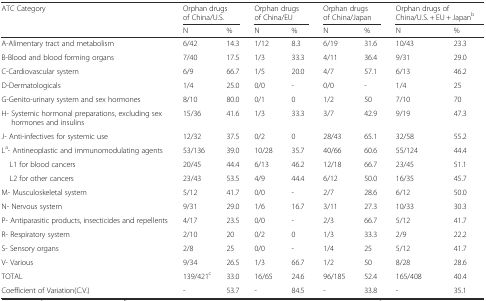
<table><thead><tr><td rowspan="2"><b>ATC Category</b></td><td colspan="2"><b>Orphan drugs of China/U.S.</b></td><td colspan="2"><b>Orphan drugs of China/EU</b></td><td colspan="2"><b>Orphan drugs of China/Japan</b></td><td colspan="2"><b>Orphan drugs of China/U.S. + EU + Japan<sup>b</sup></b></td></tr><tr><td><b>N</b></td><td><b>%</b></td><td><b>N</b></td><td><b>%</b></td><td><b>N</b></td><td><b>%</b></td><td><b>N</b></td><td><b>%</b></td></tr></thead><tbody><tr><td>A-Alimentary tract and metabolism</td><td>6/42</td><td>14.3</td><td>1/12</td><td>8.3</td><td>6/19</td><td>31.6</td><td>10/43</td><td>23.3</td></tr><tr><td>B-Blood and blood forming organs</td><td>7/40</td><td>17.5</td><td>1/3</td><td>33.3</td><td>4/11</td><td>36.4</td><td>9/31</td><td>29.0</td></tr><tr><td>C-Cardiovascular system</td><td>6/9</td><td>66.7</td><td>1/5</td><td>20.0</td><td>4/7</td><td>57.1</td><td>6/13</td><td>46.2</td></tr><tr><td>D-Dermatologicals</td><td>1/4</td><td>25.0</td><td>0/0</td><td>-</td><td>0/0</td><td>-</td><td>1/4</td><td>25</td></tr><tr><td>G-Genito-urinary system and sex hormones</td><td>8/10</td><td>80.0</td><td>0/1</td><td>0</td><td>1/2</td><td>50</td><td>7/10</td><td>70</td></tr><tr><td>H- Systemic hormonal preparations, excluding sex hormones and insulins</td><td>15/36</td><td>41.6</td><td>1/3</td><td>33.3</td><td>3/7</td><td>42.9</td><td>9/19</td><td>47.3</td></tr><tr><td>J- Anti-infectives for systemic use</td><td>12/32</td><td>37.5</td><td>0/2</td><td>0</td><td>28/43</td><td>65.1</td><td>32/58</td><td>55.2</td></tr><tr><td>L<sup>a</sup>- Antineoplastic and immunomodulating agents</td><td>53/136</td><td>39.0</td><td>10/28</td><td>35.7</td><td>40/66</td><td>60.6</td><td>55/124</td><td>44.4</td></tr><tr><td> L1 for blood cancers</td><td>20/45</td><td>44.4</td><td>6/13</td><td>46.2</td><td>12/18</td><td>66.7</td><td>23/45</td><td>51.1</td></tr><tr><td> L2 for other cancers</td><td>23/43</td><td>53.5</td><td>4/9</td><td>44.4</td><td>6/12</td><td>50.0</td><td>16/35</td><td>45.7</td></tr><tr><td>M- Musculoskeletal system</td><td>5/12</td><td>41.7</td><td>0/0</td><td>-</td><td>2/7</td><td>28.6</td><td>6/12</td><td>50.0</td></tr><tr><td>N- Nervous system</td><td>9/31</td><td>29.0</td><td>1/6</td><td>16.7</td><td>3/11</td><td>27.3</td><td>10/33</td><td>30.3</td></tr><tr><td>P- Antiparasitic products, insecticides and repellents</td><td>4/17</td><td>23.5</td><td>0/0</td><td>-</td><td>2/3</td><td>66.7</td><td>5/12</td><td>41.7</td></tr><tr><td>R- Respiratory system</td><td>2/10</td><td>20</td><td>0/2</td><td>0</td><td>1/3</td><td>33.3</td><td>2/9</td><td>22.2</td></tr><tr><td>S- Sensory organs</td><td>2/8</td><td>25</td><td>0/0</td><td>-</td><td>1/4</td><td>25</td><td>5/12</td><td>41.7</td></tr><tr><td>V- Various</td><td>9/34</td><td>26.5</td><td>1/3</td><td>66.7</td><td>1/2</td><td>50</td><td>8/28</td><td>28.6</td></tr><tr><td>TOTAL</td><td>139/421<sup>c</sup></td><td>33.0</td><td>16/65</td><td>24.6</td><td>96/185</td><td>52.4</td><td>165/408</td><td>40.4</td></tr><tr><td>Coefficient of Variation(C.V.)</td><td>-</td><td>53.7</td><td>-</td><td>84.5</td><td>-</td><td>33.8</td><td>-</td><td>35.1</td></tr></tbody></table>